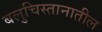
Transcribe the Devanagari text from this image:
बलुचिस्तानातील